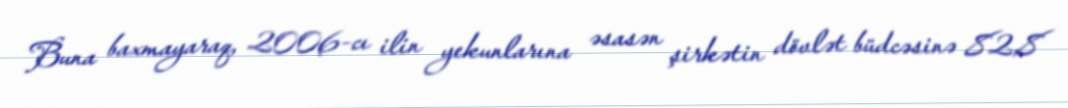
Buna baxmayaraq, 2006-cı ilin yekunlarına əsasən şirkətin dövlət büdcəsinə 82,8